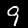
Label: 9